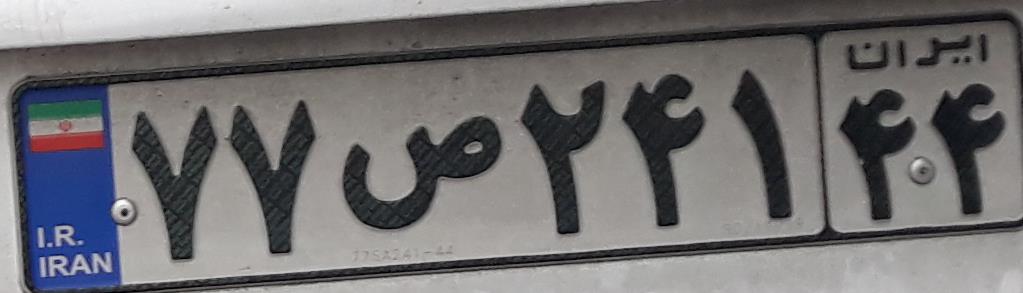
۷۷ص۲۴۱۴۴